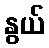
နွယ်